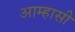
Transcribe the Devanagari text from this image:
आम्हासी